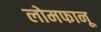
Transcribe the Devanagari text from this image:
लोमफानू